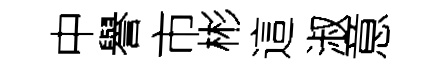
中譽市彬這淑意